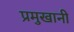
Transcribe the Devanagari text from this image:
प्रमुखानी